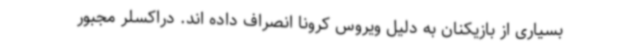
بسیاری از بازیکنان به دلیل ویروس کرونا انصراف داده اند. دراکسلر مجبور